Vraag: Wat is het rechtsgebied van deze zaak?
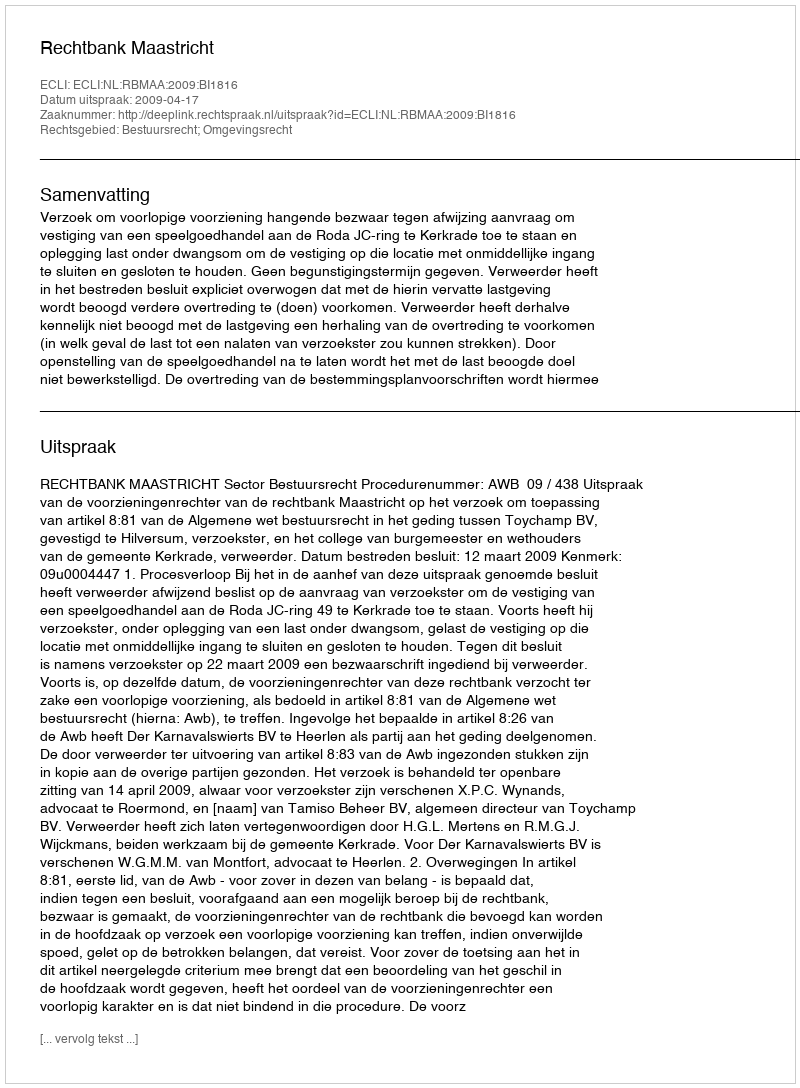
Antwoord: Bestuursrecht; Omgevingsrecht